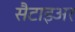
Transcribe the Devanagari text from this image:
सैटाइअर